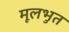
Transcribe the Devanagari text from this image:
मूलभुत